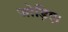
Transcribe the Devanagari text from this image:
जोड़िए।